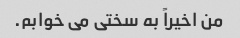
من اخیراً به سختی می خوابم.